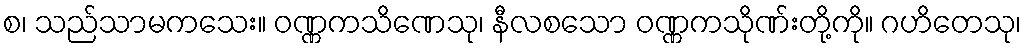
စ၊ သည်သာမကသေး။ ဝဏ္ဏကသိဏေသု၊ နီလစသော ဝဏ္ဏကသိုဏ်းတို့ကို။ ဂဟိတေသု၊